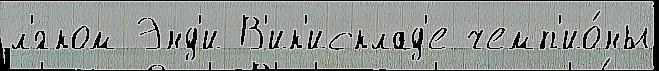
л'́гком Энд'и В'ик'исклад'е чемп'ио́ны